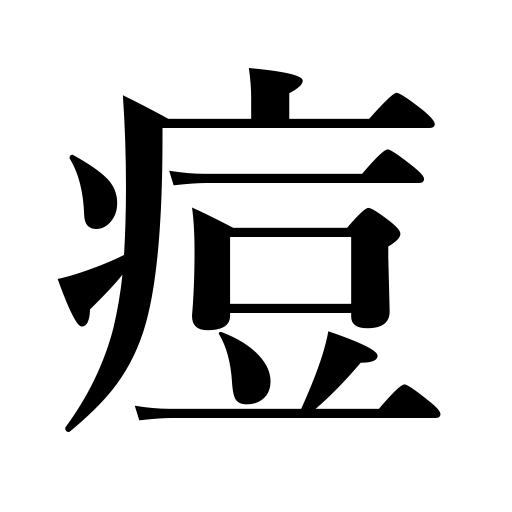
Meanings: smallpox